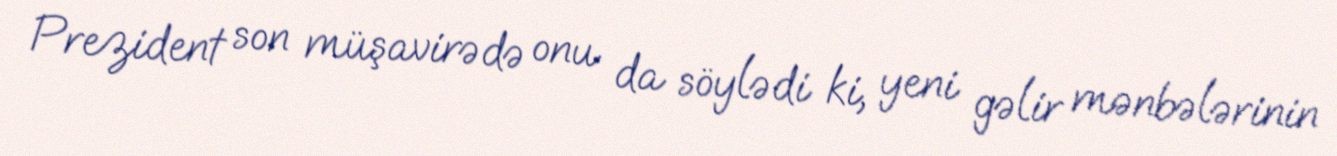
Prezident son müşavirədə onu da söylədi ki, yeni gəlir mənbələrinin